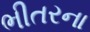
ભીતરના